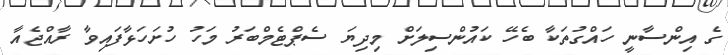
ގެ އިންސާނީ ހައްގުތަކާ ބެހޭ ކައުންސިލަށް މިދިޔަ ސެޕްޓެމްބަރު މަހު ހުށަހަޅާފައިވާ ރާއްޖެއާ